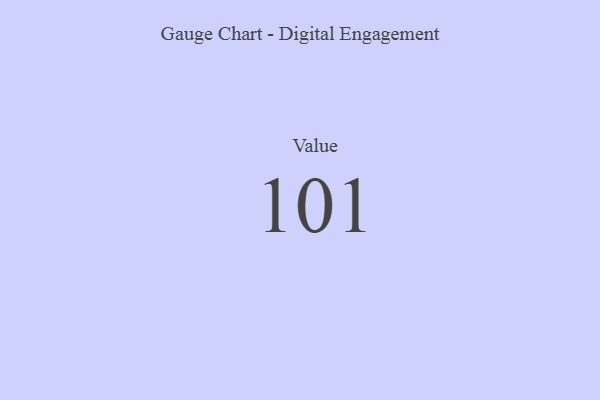
{"axis": {"x": "Metric", "y": "Value"}, "legend": [""], "data": [{"x": "Value", "y": 101, "type": ""}]}